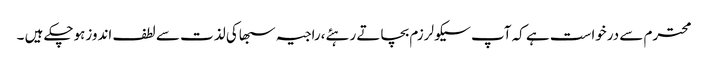
محترم سے درخواست ہے کہ آپ سیکولرزم بچاتے رہئے،راجیہ سبھاکی لذت سے لطف اندوزہوچکے ہیں ۔